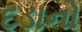
દડાનો